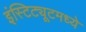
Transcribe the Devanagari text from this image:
इंस्टिट्यूटमध्ये